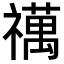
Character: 𥜍